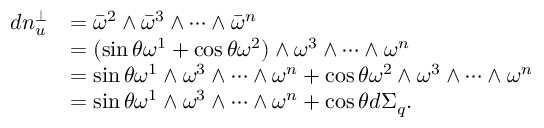
\begin{array} { r l } { d n _ { u } ^ { \perp } } & { = \bar { \omega } ^ { 2 } \wedge \bar { \omega } ^ { 3 } \wedge \cdots \wedge \bar { \omega } ^ { n } } \\ & { = ( \sin \theta \omega ^ { 1 } + \cos \theta \omega ^ { 2 } ) \wedge \omega ^ { 3 } \wedge \cdots \wedge \omega ^ { n } } \\ & { = \sin \theta \omega ^ { 1 } \wedge \omega ^ { 3 } \wedge \cdots \wedge \omega ^ { n } + \cos \theta \omega ^ { 2 } \wedge \omega ^ { 3 } \wedge \cdots \wedge \omega ^ { n } } \\ & { = \sin \theta \omega ^ { 1 } \wedge \omega ^ { 3 } \wedge \cdots \wedge \omega ^ { n } + \cos \theta d \Sigma _ { q } . } \end{array}